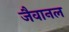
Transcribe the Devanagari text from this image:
जैवानल